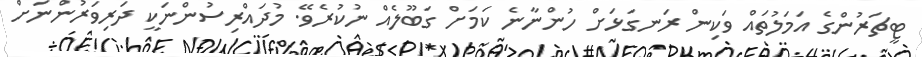
ޓީޗަރުންގެ އަމަލުތައް ވަކިން ރަނގަޅަށް ހުންނާނެ ކަމަށް ގަބޫލެއް ނުކުރެވޭ. މުދައްރިސުންނަކީ ދަރިވަރުންނަށް